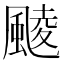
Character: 䬋